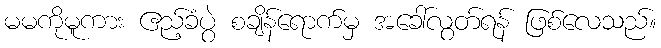
မမကိုမူကား ဧည့်ခံပွဲ စချိန်ရောက်မှ အခေါ်လွတ်ရန် ဖြစ်လေသည်။